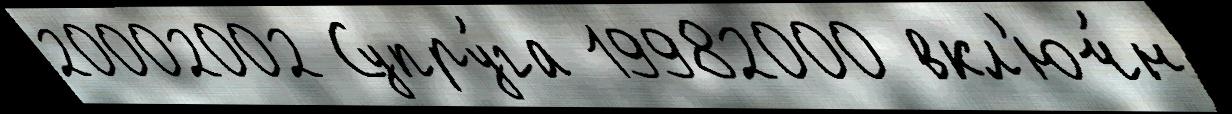
20002002 Супру́га 19982000 вкл'юч́н